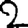
Digit: 2